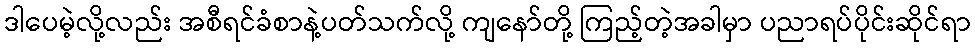
ဒါပေမဲ့လို့လည်း အစီရင်ခံစာနဲ့ပတ်သက်လို့ ကျနော်တို့ ကြည့်တဲ့အခါမှာ ပညာရပ်ပိုင်းဆိုင်ရာ